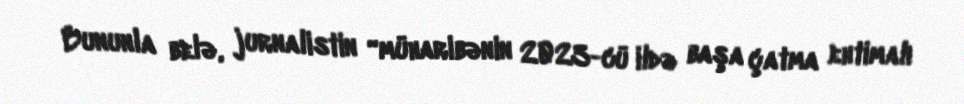
Bununla belə, jurnalistin “müharibənin 2023-cü ildə başa çatma ehtimalı